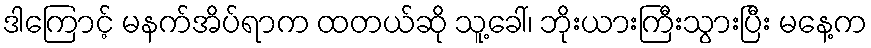
ဒါကြောင့် မနက်အိပ်ရာက ထတယ်ဆို သူ့ခေါ်၊ ဘိုးယားကြီးသွားပြီး မနေ့က